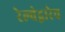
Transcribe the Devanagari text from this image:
रेल्वेद्वारेच